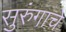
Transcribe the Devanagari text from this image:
सुरुंगाचे